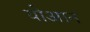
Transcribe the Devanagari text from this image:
योआन